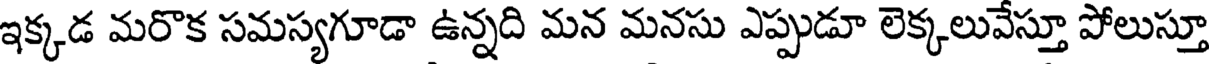
ఇక్కడ మరొక సమస్యగూడా ఉన్నది మన మనసు ఎప్పుడూ లెక్కలువేస్తూ పోలుస్తూ